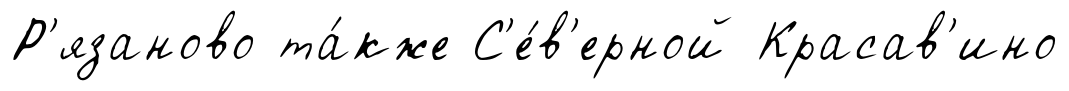
Р'язаново та́кже С'е́в'ерной Красав'ино